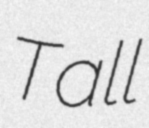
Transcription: Tall